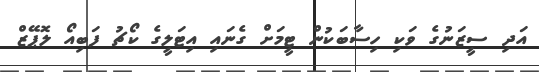
އަދި ސީޒަނުގެ ވަކި ހިސާބަކުން ޓީމަށް ގެނައި އިޓަލީގެ ކޯޗު ފަބިއޯ ލޮޕޭޒް